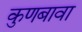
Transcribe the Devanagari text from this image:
कुणबावा